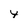
Character: 4